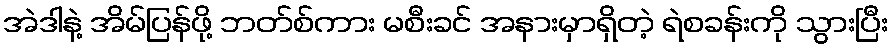
အဲဒါနဲ့ အိမ်ပြန်ဖို့ ဘတ်စ်ကား မစီးခင် အနားမှာရှိတဲ့ ရဲစခန်းကို သွားပြီး